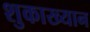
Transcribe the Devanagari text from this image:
शुकाख्यान